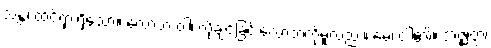
သန္တံ၊ ထင်ရှားရှိသော။ လောဘံ ဝါ၊ လိုချင်ခြင်းလောဘကိုမူလည်း။ မေ၊ ငါ၏။ အဇ္ဈတ္တံ၊